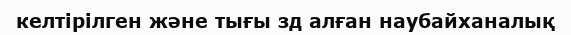
келтірілген және тығы зд алған наубайханалық